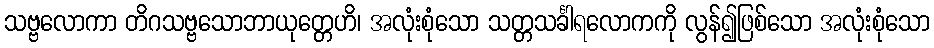
သဗ္ဗလောကာ တိဂသဗ္ဗသောဘာယုတ္တေဟိ၊ အလုံးစုံသော သတ္တသင်္ခါရလောကကို လွန်၍ဖြစ်သော အလုံးစုံသော